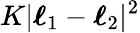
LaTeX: K|\boldsymbol{\ell}_{1}-\boldsymbol{\ell}_{2}|^{2}